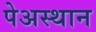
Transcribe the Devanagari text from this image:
पेअस्थान